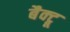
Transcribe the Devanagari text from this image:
बैक्ट्रू